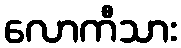
လောကီသား